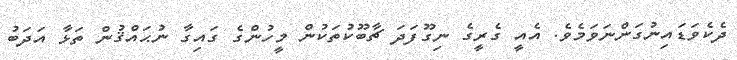
ދެކެވަޑައިނުގަންނަވަމެވެ. އެއީ ގެރީގެ ނިގޫފަދަ ޗާބޫކުތަކުން މީހުންގެ ގައިގާ ނުޙައްޤުން ތަޅާ އަދަބު